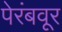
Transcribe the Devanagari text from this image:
पेरंबवूर